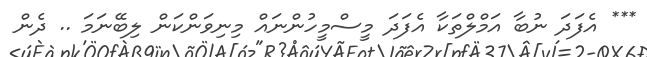
*** އެފަދަ ނުބާ އަމްލްތަކާ އެފަދަ މީސްމީހުންނައް މިނިވަންކަން ލިބޭނަމަ .. ދެން